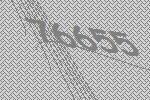
76655